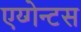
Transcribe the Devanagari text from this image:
एय्गेन्टस